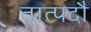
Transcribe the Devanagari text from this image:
तात्पदौ